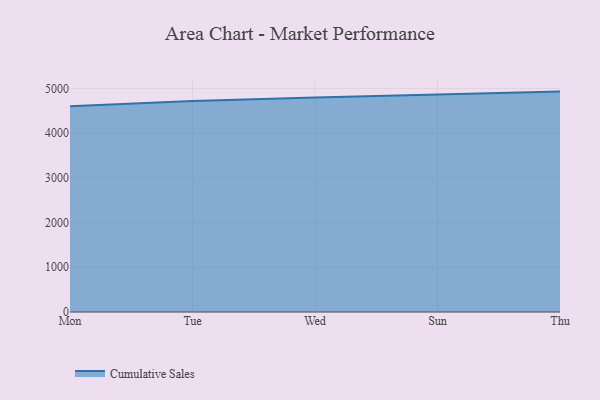
{"axis": {"x": "Day", "y": "Active Users"}, "legend": ["Cumulative Sales"], "data": [{"x": "Mon", "y": 4603.0, "type": "Cumulative Sales"}, {"x": "Tue", "y": 4717.0, "type": "Cumulative Sales"}, {"x": "Wed", "y": 4799.2, "type": "Cumulative Sales"}, {"x": "Sun", "y": 4866.0, "type": "Cumulative Sales"}, {"x": "Thu", "y": 4928.9, "type": "Cumulative Sales"}]}